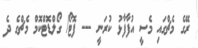
ރޭގެ މެޗްގައި މެސީ އުފާފާޅު ކުރަނީ --- ފޮޓޯ/ ގޯލްޑޮޓްކޮމް މެޗްގެ ދެ